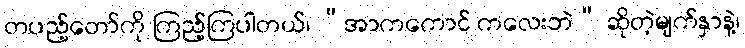
တပည့်တော်ကို ကြည့်ကြပါတယ်၊ “အာကကောင် ကလေးဘဲ” ဆိုတဲ့မျက်နှာနဲ့၊